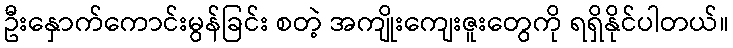
ဦးနှောက်ကောင်းမွန်ခြင်း စတဲ့ အကျိုးကျေးဇူးတွေကို ရရှိနိုင်ပါတယ်။